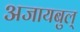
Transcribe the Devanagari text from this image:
अजायबुल्